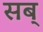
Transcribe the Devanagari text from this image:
सब्